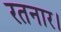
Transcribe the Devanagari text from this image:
रतनार।